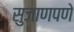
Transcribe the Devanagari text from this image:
सुजाणपणे